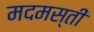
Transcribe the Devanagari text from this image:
मदमस्ती